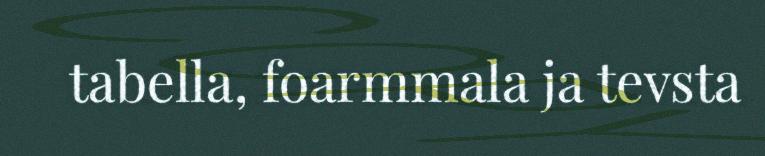
tabella, foarmmala ja tevsta